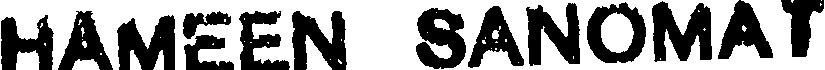
HAMEEN SANOMAT